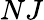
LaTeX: NJ